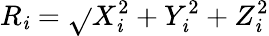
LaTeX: R_{\mathit{i}}=\sqrt{}{{X_{\mathit{i}}^{2}+Y_{\mathit{i}}^{2}+Z_{\mathit{i}}^{2}}}